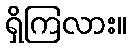
ရှိကြလား။